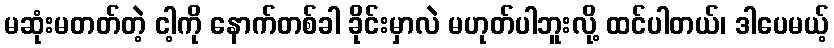
မဆုံးမတတ်တဲ့ ငါ့ကို နောက်တစ်ခါ ခိုင်းမှာလဲ မဟုတ်ပါဘူးလို့ ထင်ပါတယ်၊ ဒါပေမယ့်